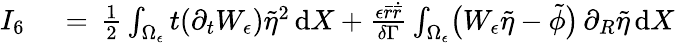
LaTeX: \begin{array}{rl}{I_{6}\, }&{{}=\, \frac 12\int_{\Omega_{\epsilon}}t(\partial_{t}W_{\epsilon})\tilde{\eta}^{2}\, \mathrm{d}X+\frac{\epsilon\bar{r}\dot{\bar{r}}}{\delta\Gamma}\int_{\Omega_{\epsilon}}\bigl(W_{\epsilon}\tilde{\eta}-\tilde{\phi}\bigr)\, \partial_{R}\tilde{\eta}\, \mathrm{d}X}\end{array}